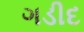
ગડીદ